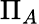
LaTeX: \Pi_{A}